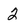
Character: 2